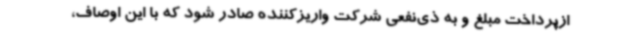
ازپرداخت مبلغ و به ذی‌نفعی شرکت واریزکننده صادر شود که با این اوصاف،